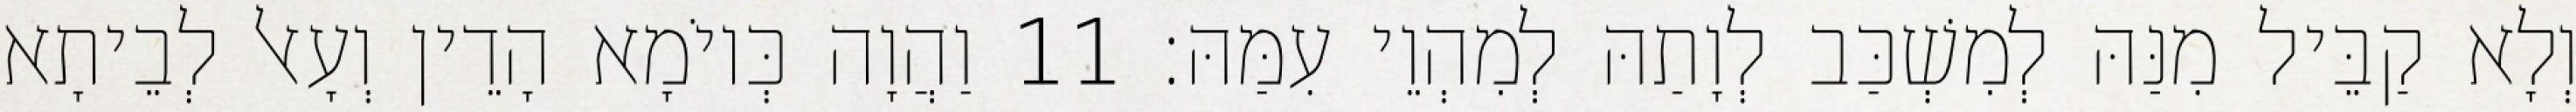
וְלָא קַבֵּיל מִנַּהּ לְמִשְׁכַּב לְוָתַהּ לְמִהְוֵי עִמַּהּ׃ 11 וַהֲוָה כְּיוֹמָא הָדֵין וְעָאל לְבֵיתָא